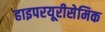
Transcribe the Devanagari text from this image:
हाइपरयूरीसेमिक